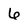
Character: 6